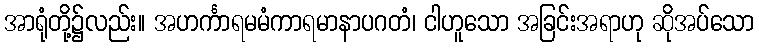
အာရုံတို့၌လည်း။ အဟင်္ကာရမမံကာရမာနာပဂတံ၊ ငါဟူသော အခြင်းအရာဟု ဆိုအပ်သော